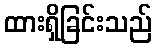
ထားရှိခြင်းသည်